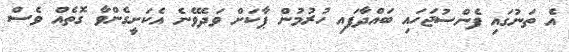
އެ ތަނުގައި ފެންސުޖަހައި ބައްދާފައި ހުރުމުން ޕާކަށް ވަދެވޭނެ އެކަށީގެންވާ ގޮތެއް ވެސް